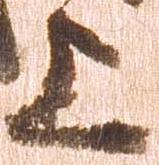
上